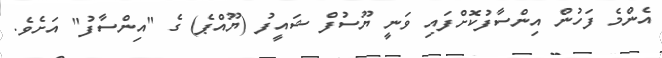
އެންމެ ފަހުން އިންސާފުކޮށްފައި ވަނީ ޔޫސުފް ޝައީފު (ޔޫއްޕެ) ގެ "އިންސާފު" އަށެވެ.